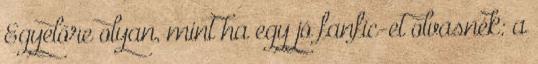
Egyelőre olyan, mint ha egy jó fanfic-et olvasnék: a